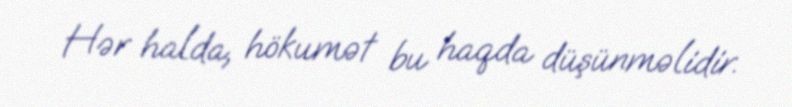
Hər halda, hökumət bu haqda düşünməlidir.